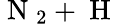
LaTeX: \mathrm{~N~}_{2}+\mathrm{~H~}